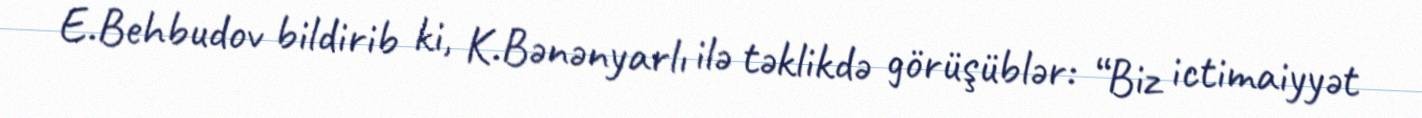
E.Behbudov bildirib ki, K.Bənənyarlı ilə təklikdə görüşüblər: “Biz ictimaiyyət